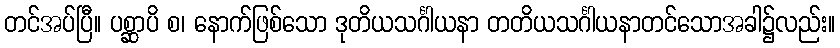
တင်အပ်ပြီ။ ပစ္ဆာပိ စ၊ နောက်ဖြစ်သော ဒုတိယသင်္ဂါယနာ တတိယသင်္ဂါယနာတင်သောအခါ၌လည်း။